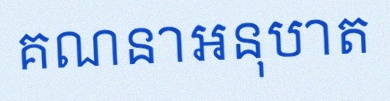
គណនាអនុបាត